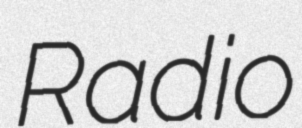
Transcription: Radio